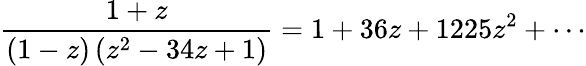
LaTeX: {\frac{1+z}{(1-z)\left(z^{2}-34z+1\right)}}=1+36z+1225z^{2}+\cdots